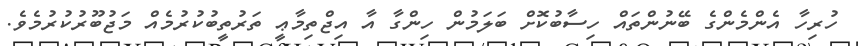
ހުރިހާ އެންމެންގެ ބޭނުންތައް ހިސާބުކޮށް ބަލަމުން ހިންގާ އާ އިޖްތިމާޢީ ތަރުތީބުކުރުމެއް މަޖުބޫރުކުރުމެވެ.